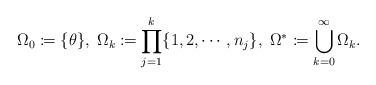
LaTeX: \begin{align*}\Omega_{0}\coloneqq\{\theta\},\;\Omega_{k}\coloneqq\prod_{j=1}^{k}\{1,2,\cdots,n_{j}\},\;\Omega^{*}\coloneqq\bigcup_{k=0}^{\infty}\Omega_{k}.\end{align*}